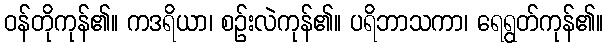
ဝန်တိုကုန်၏။ ကဒရိယာ၊ စဉ်းလဲကုန်၏။ ပရိဘာသကာ၊ ရေရွတ်ကုန်၏။